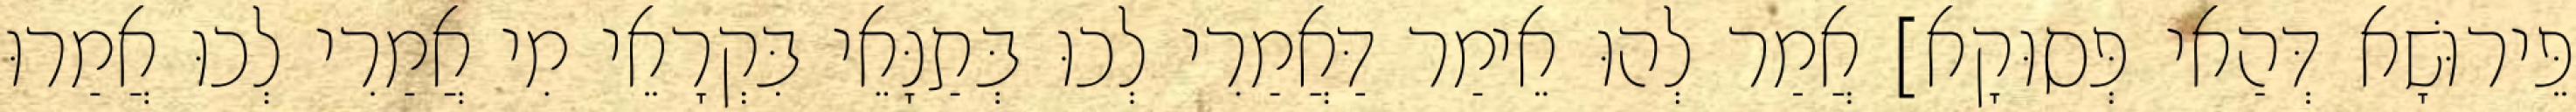
פֵּירוּשָׁא דְּהַאי פְּסוּקָא] אֲמַר לְהוּ אֵימַר דַּאֲמַרִי לְכוּ בְּתַנָּאֵי בִּקְרָאֵי מִי אֲמַרִי לְכוּ אֲמַרוּ